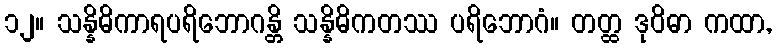
၁၂။ သန္နိဓိကာရပရိဘောဂန္တိ သန္နိဓိကတဿ ပရိဘောဂံ။ တတ္ထ ဒုဝိဓာ ကထာ,